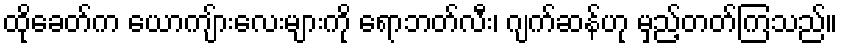
ထိုခေတ်က ယောကျ်ားလေးများကို ရောဘတ်လီး၊ ဂျက်ဆန်ဟု မှည့်တတ်ကြသည်။